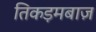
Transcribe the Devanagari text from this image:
तिकड़मबाज़